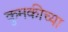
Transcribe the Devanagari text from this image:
कुमकीच्या